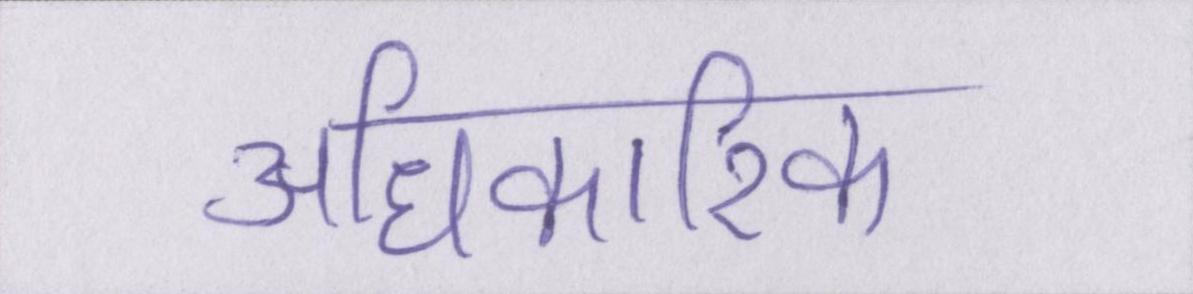
अधिकारिक